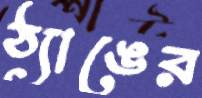
ঠ্যাঙের